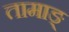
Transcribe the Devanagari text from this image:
तामाङ्‌